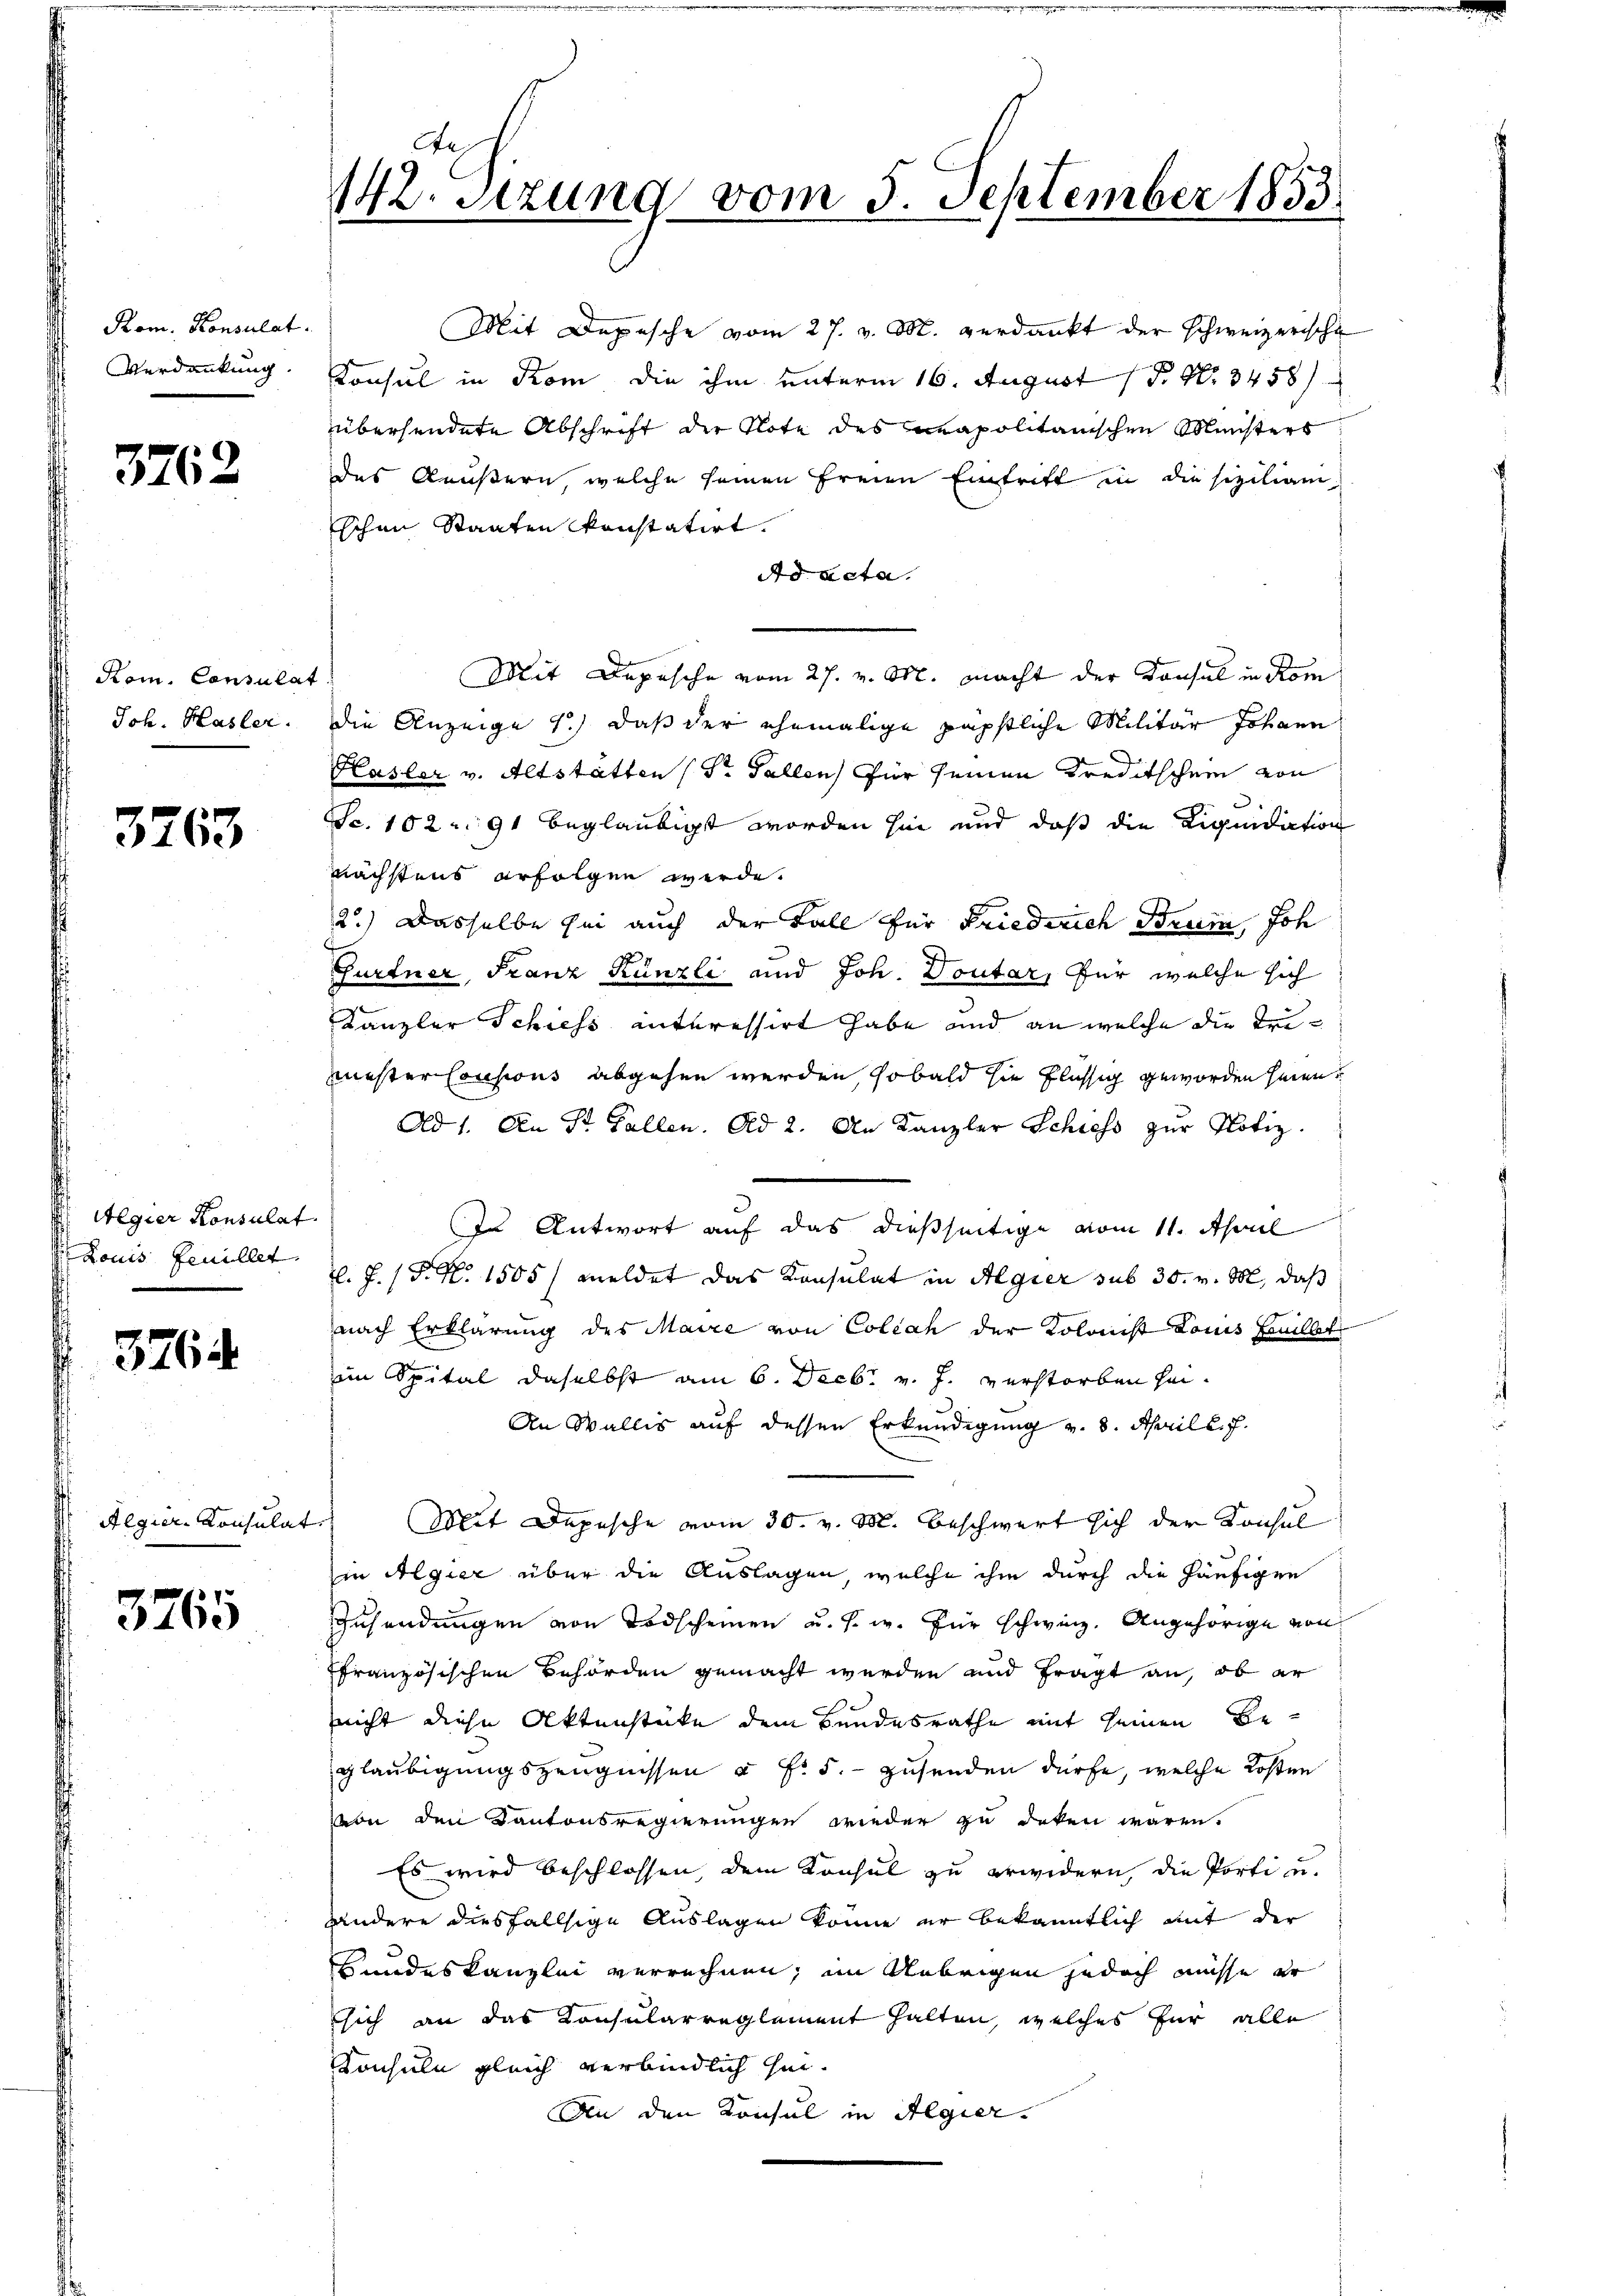
Rom. Konsulat
Verdankung

3762

Kom. Consulat
Joh. Hasler.

3763

Wegier Konsulat

3764

Algier-Konsulat

3765

142. Setzung vom 3. September 1833.

Mit Depesche vom 27. v. M. verdankt der Schweizerische
Konsul in Rom die ihm unterm 16. August 18. No. 3458)
übersendete Abschrift der Note des Napolitanischen Münsters
des Aeußern, welche seinen Ernen Eintritt in die siziliamschon Staaten konstatirt.
Ad Acta.
Mit Depesche vom 27. v. M. macht der Konsul in Kom
die Anzeige 1.) daß der ehemalige päpstliche Militär Johann
Kasler v. Altstatten (Dr. Gallen) für seinen Kreditschein von
Sc. 102. 91 beglaubigt worden hie und daß die Liquidation
nächstens erfolgen werde.
2.) Dasselbe sei auch der Fall für Friederich Brunn, Joh
Gurtner, Franz Künzli und Joh. Doutar, für welche sich
Kanzler Schiess interessirt habe und an welche die Trimester Cousions abgehen werden, sobald sie flüssig geworden seien.
Ad 1. An St. Gallen. Ad 2. An Kanzler Schiess zŭr Notiz
In Antwort auf das dießseitige vom 11. April
Louis Feuillet z. Z. 15. N. 1505/ meldet das Konsulat in Algier sub 30. v. M., daß
nach Erklärung des Maire von Collach der Kolonist Louis Emillet
im Spital daselbst am 6. Decbr. v. J. verstorben sei¬
An Wallis auf dessen Erkundigung v. 8. April l. J.
Mit Depesche vom 30. v. M. beschwert sich der Konsul
in Algier über die Auslagen, welche ihm durch die häufigen
Zusendungen von Todscheinen u. s. w. für schwing. Angehörige von
ffranzösischen Behörden gemacht werden und fragt an, ob er
nicht diese Aktenstüke dem Bundesrathe mit seinen Beglaubigungszeugnissen u f. 5. - zusenden dürfe, welche Kosten
von den Kantonsregierungen wieder zu deken wären.
Es wird beschlossen, dem Konsul zu erwidern, die Porti u.
handere diesfallsige Auslagen könne er bekanntlich mit der
Hundeskanzlei verrechnen, im Uebrigen jedoch müsse er
ssich an das Konsularreglement halten, welches für alle
Konsuln gleich verbindlich hin.
An den Konsul in Algier.